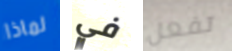
لماذا في تفعل